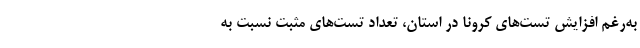
به‌رغم افزایش تست‌های کرونا در استان، تعداد تست‌های مثبت نسبت به